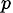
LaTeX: _p